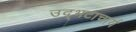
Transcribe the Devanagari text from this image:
उद्भटाचार्य